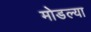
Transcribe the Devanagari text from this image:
मोडल्या